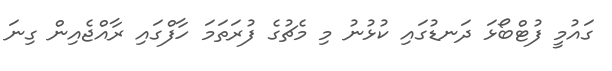
ގައުމީ ފުޓްބޯޅަ ދަނޑުގައި ކުޅުނު މި މެޗުގެ ފުރަތަމަ ހާފްގައި ރާއްޖެއިން ގިނަ